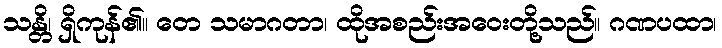
သန္တိ၊ ရှိကုန်၏။ တေ သမာဂတာ၊ ထိုအစည်းအဝေးတို့သည်။ ဂဏပထာ၊